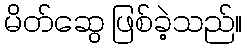
မိတ်ဆွေ ဖြစ်ခဲ့သည်။